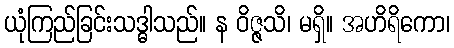
ယုံကြည်ခြင်းသဒ္ဓါသည်။ န ဝိဇ္ဇသိ၊ မရှိ။ အဟိရိကော၊